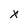
Character: X